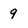
Character: 9